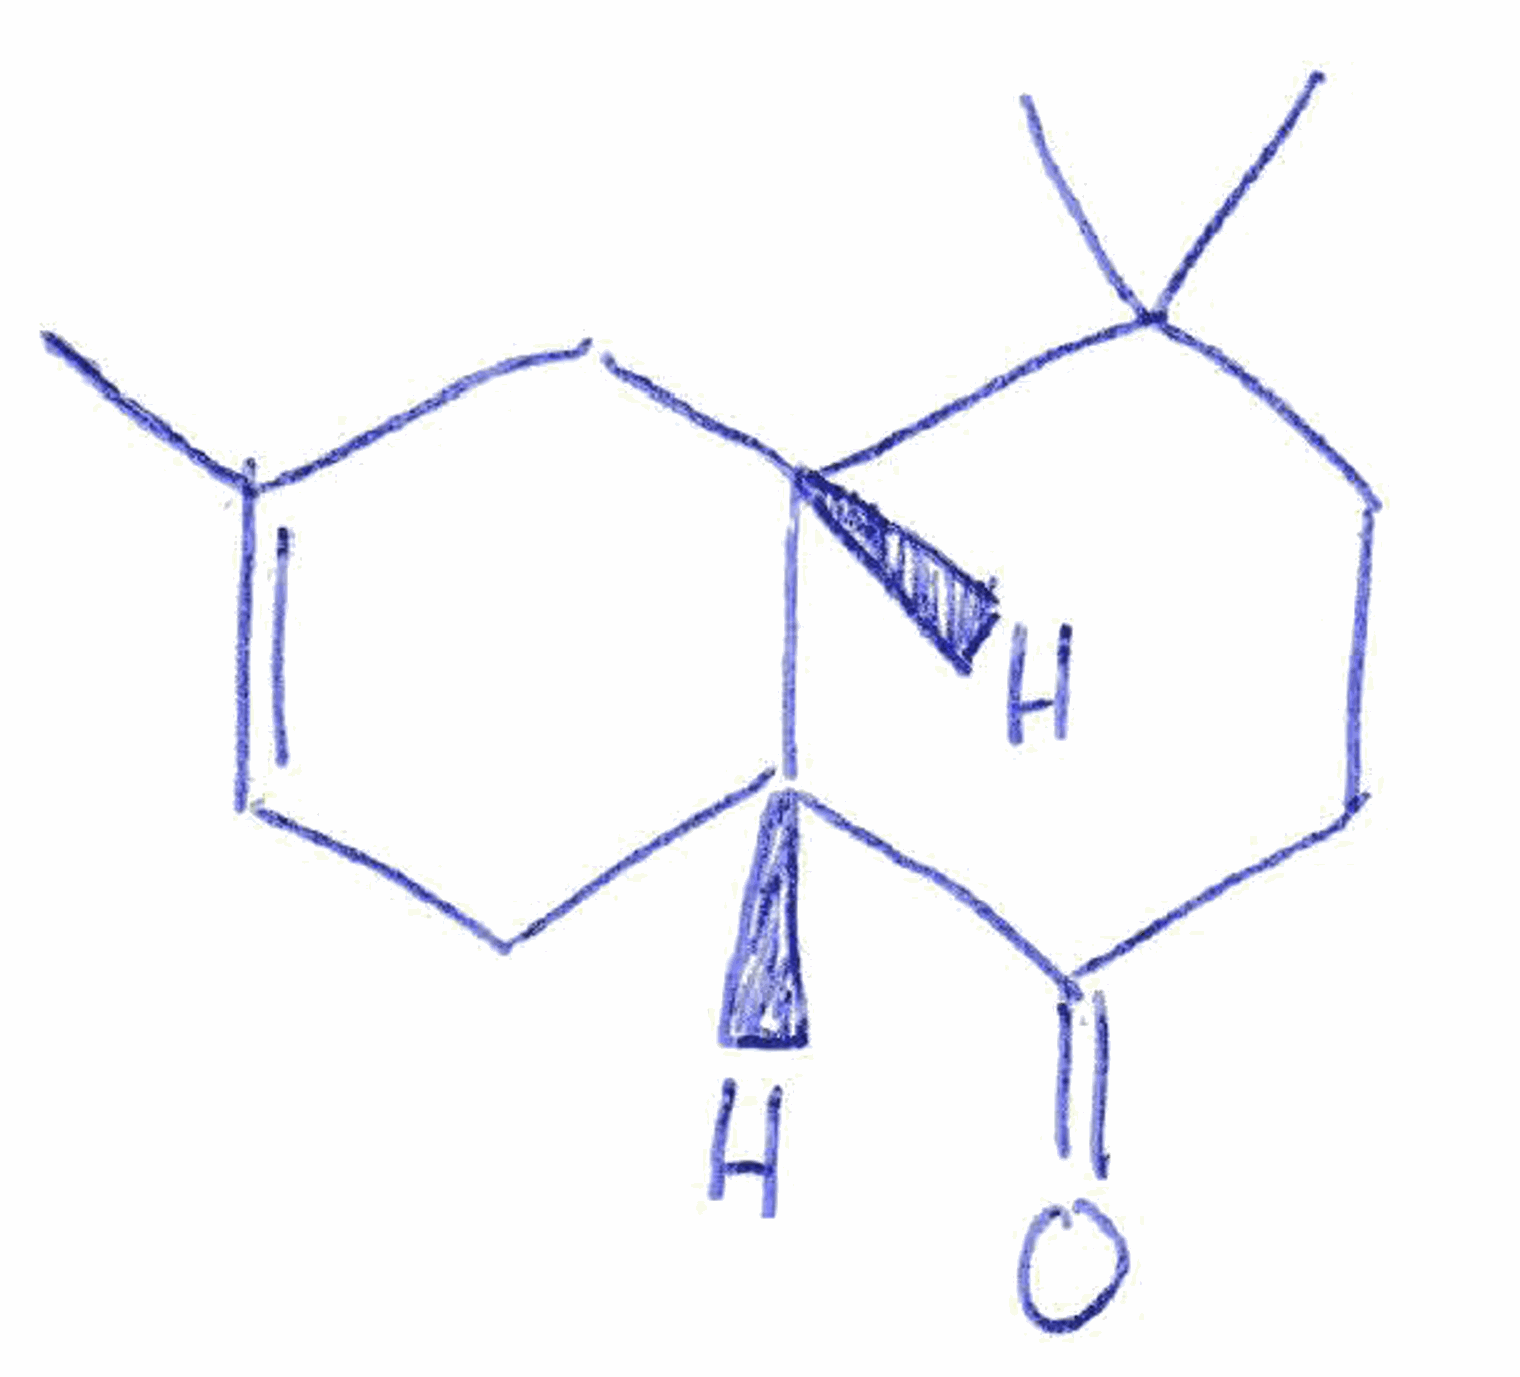
Simplified molecular-input line-entry system (SMILES) notation of the given molecule:
CC1=CC[C@@H]2[C@H](C1)C(CCC2=O)(C)C